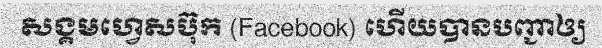
សង្គមហ្វេសប៊ុក (Facebook) ហើយបានបញ្ជាឲ្យ